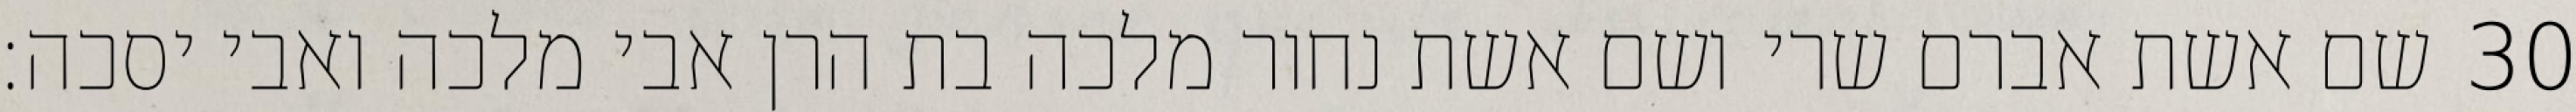
שם אשת אברם שרי ושם אשת נחור מלכה בת הרן אבי מלכה ואבי יסכה׃ ‎30‏